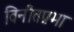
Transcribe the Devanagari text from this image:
विनीतप्रभा